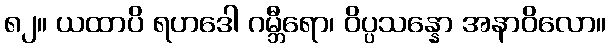
၈၂။ ယထာပိ ရဟဒေါ ဂမ္ဘီရော၊ ဝိပ္ပသန္နော အနာဝိလော။